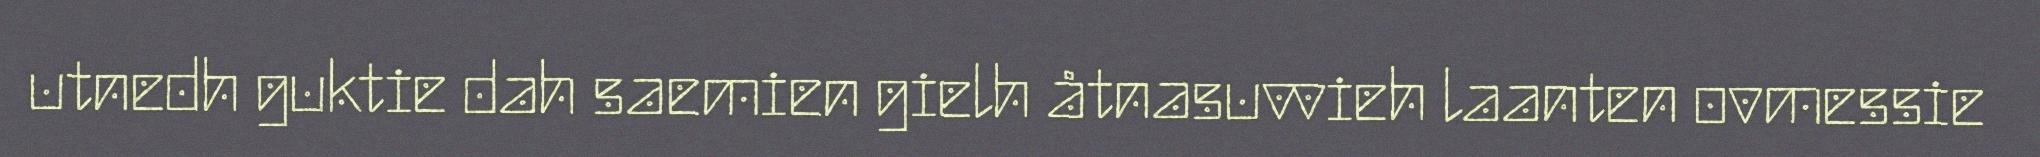
utnedh guktie dah saemien gielh åtnasuvvieh laanten ovmessie